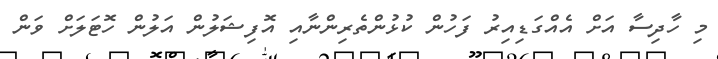
މި ހާދިސާ އަށް އެއްގަޑިއިރު ފަހުން ކުޅުންތެރިންނާއި އޮފިޝަލުން އަލުން ހޮޓަލަށް ވަން